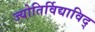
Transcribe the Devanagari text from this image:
ज्योतिर्विद्याविद्